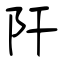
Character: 阡